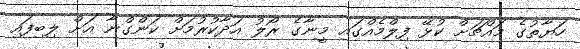
ހަޔާތުގެ މައްޗަށް ކުޅޭ ފިލްމެއްގައި މީނާގެ ރޯލު އަދާކުރުމަށް ކަންގްނާ އަށް ލިބިފައި